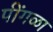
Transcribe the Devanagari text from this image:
पींगळा